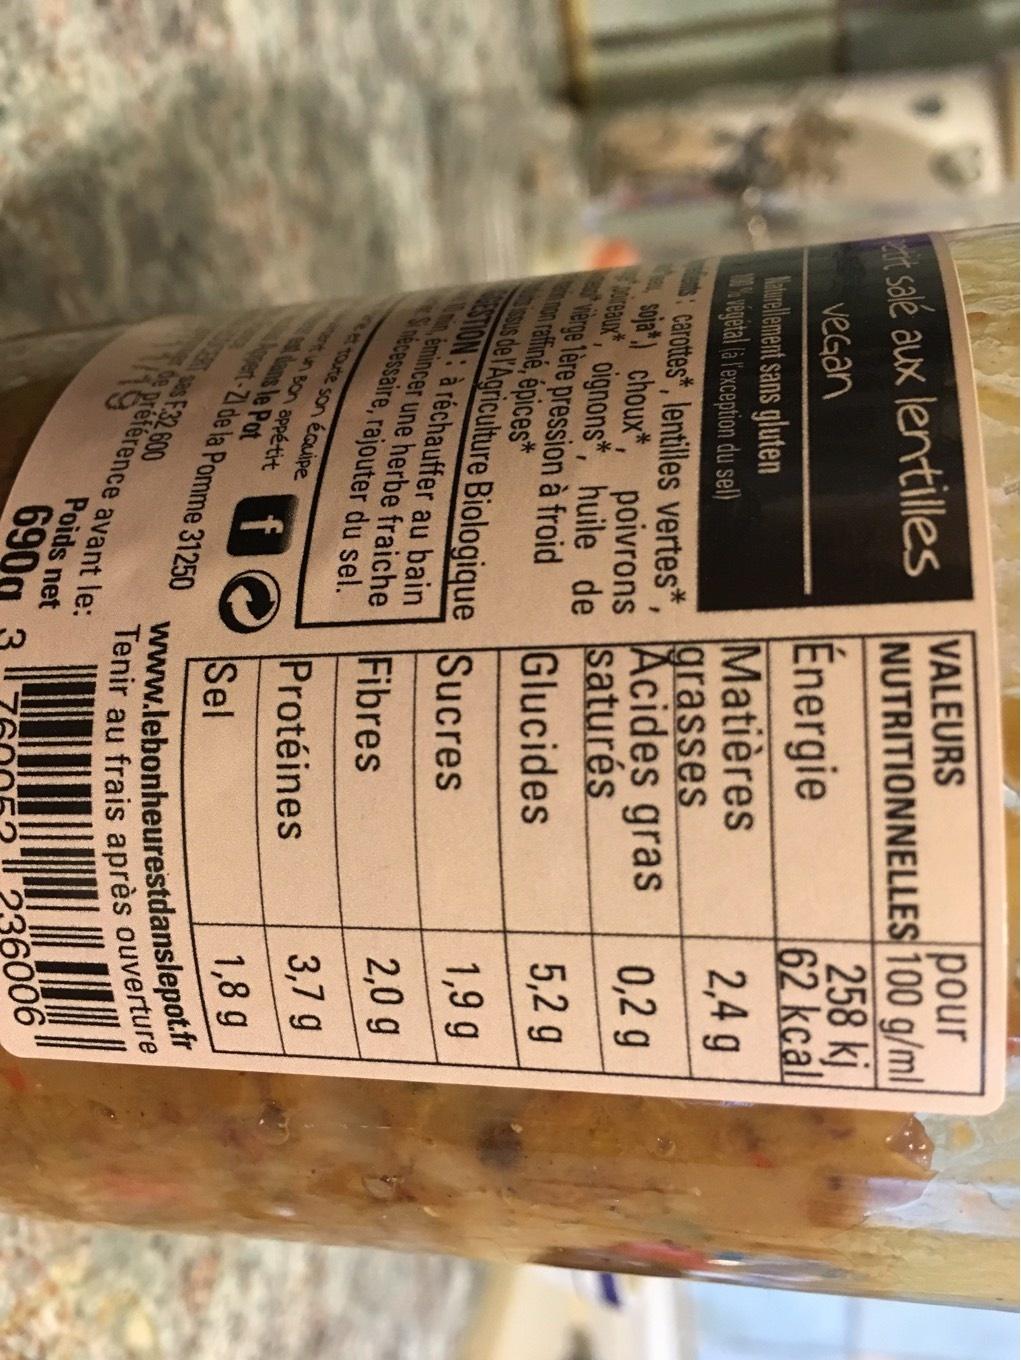
et salé aux lentilles
vegan
Naturellement sans gluten % vegetal (à l'exception du sel)
carottes, lentilles vertes*, soja choux, poivrons e, oignons, huile de vierge 1ère pression à froid in non raffiné, épices*
issus de l'Agriculture Biologique Sucres
GESTION: à réchauffer au bain Si nécessaire, rajouter du sel.
et toute son équipe et un Bon appétit est dans le Pot pert-Z1 de la Pomme 31250
pour
VALEURS NUTRITIONNELLES 100 g/ml
258 kj
Énergie
62 kcal
Matières
2,4 g
Acides gras grasses
saturés
Glucides
T sas F32 600
de préférence avant le:
fo Sel
Poids net
690
Fibres
Protéines
0,2 g
5,2 g
1,9 g
2,0 g
3,7 g
1,8 g
www.lebonheurestdanslepot.fr Tenir au frais après ouverture
6006